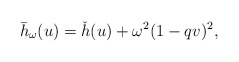
\begin{align*} \bar{h}_\omega(u)=\check{h}(u)+\omega^2(1-qv)^2, \end{align*}